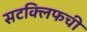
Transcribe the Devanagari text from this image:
सटक्लिफची